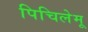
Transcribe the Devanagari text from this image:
पिचिलेमू